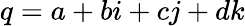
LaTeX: q=a+bi+cj+dk